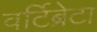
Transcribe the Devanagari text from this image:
वर्टिब्रेटा